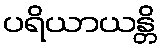
ပရိယာယန္တိ